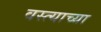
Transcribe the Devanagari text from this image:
वस्त्याच्या